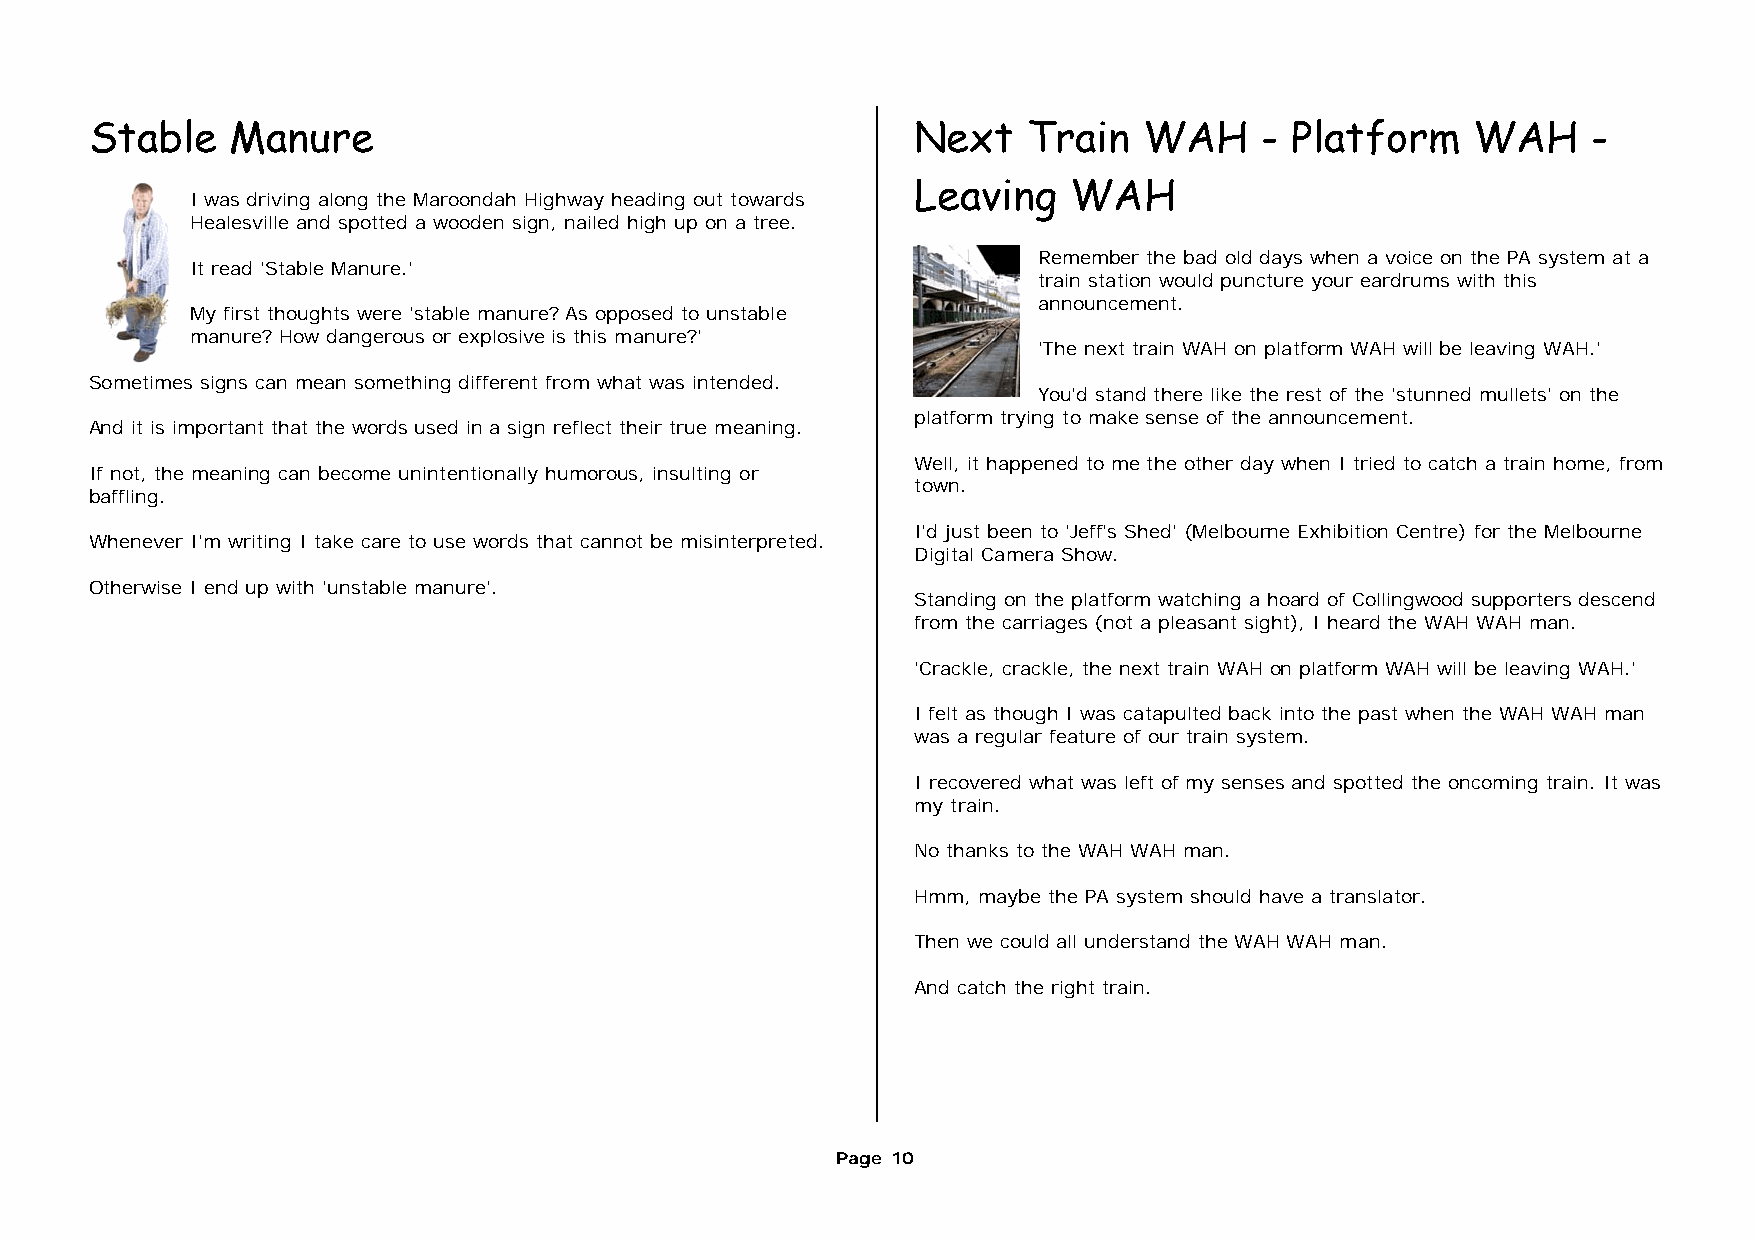
Stable   Manure                                        Next   Train   WAH    - Platform    WAH     -
 Leaving   WAH
 I was driving along the Maroondah Highway heading out towards
 Healesville and spotted a wooden sign, nailed high up on a tree.
 Remember the bad old days when a voice on the PA system at a
 It read 'Stable Manure.'
 train station would puncture your eardrums with this
 announcement.
 My first thoughts were 'stable manure? As opposed to unstable
 manure? How dangerous or explosive is this manure?'
 'The next train WAH on platform WAH will be leaving WAH.'
 Sometimes signs can mean something different from what was intended.
 You'd stand there like the rest of the 'stunned mullets' on the
 platform trying to make sense of the announcement.
 And it is important that the words used in a sign reflect their true meaning.
 Well, it happened to me the other day when I tried to catch a train home, from
 If not, the meaning can become unintentionally humorous, insulting or
 town.
 baffling.
 I'd just been to 'Jeff's Shed' (Melbourne Exhibition Centre) for the Melbourne
 Whenever I'm writing I take care to use words that cannot be misinterpreted.
 Digital Camera Show.
 Otherwise I end up with 'unstable manure'.
 Standing on the platform watching a hoard of Collingwood supporters descend
 from the carriages (not a pleasant sight), I heard the WAH WAH man.
 'Crackle, crackle, the next train WAH on platform WAH will be leaving WAH.'
 I felt as though I was catapulted back into the past when the WAH WAH man
 was a regular feature of our train system.
 I recovered what was left of my senses and spotted the oncoming train. It was
 my train.
 No thanks to the WAH WAH man.
 Hmm, maybe the PA system should have a translator.
 Then we could all understand the WAH WAH man.
 And catch the right train.
 Page 10